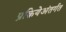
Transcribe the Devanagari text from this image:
प्रक्रियेअंतर्गत